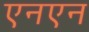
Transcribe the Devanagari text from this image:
एनएन